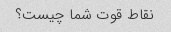
نقاط قوت شما چیست؟